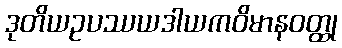
ဒုတိယဥပဿယဒါယကဝိမာနဝတ္ထု